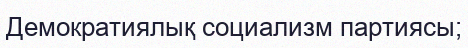
Демократиялық социализм партиясы;